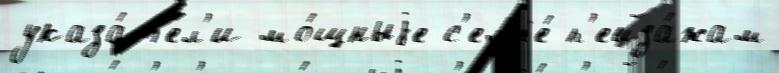
указа́т'ел'и мо́щныjе с'емье́ п'ейза́жам